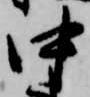
中